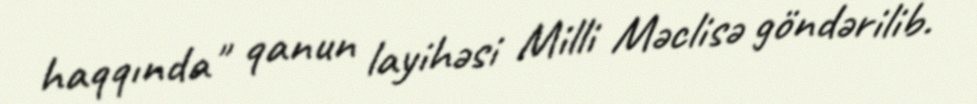
haqqında" qanun layihəsi Milli Məclisə göndərilib.